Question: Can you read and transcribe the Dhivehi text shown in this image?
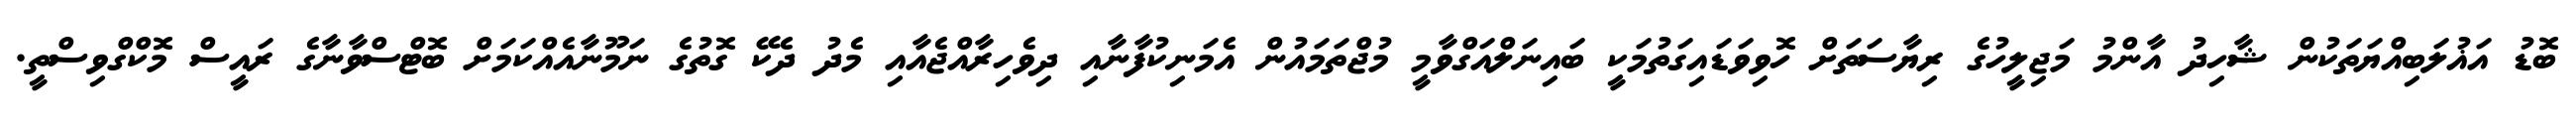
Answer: ބޮޑު އަޣުލަބިއްޔަތަކުން ޝާހިދު އާންމު މަޖިލީހުގެ ރިޔާސަތަށް ހޮވިވަޑައިގަތުމަކީ ބައިނަލްއަގްވާމީ މުޖްތަމައުން އެމަނިކުފާނާއި ދިވެހިރާއްޖެއާއި މެދު ދެކޭ ގޮތުގެ ނަމޫނާއެއްކަމަށް ބޮޓްސްވާނާގެ ރައީސް މޮކްގްވިސްތީ.